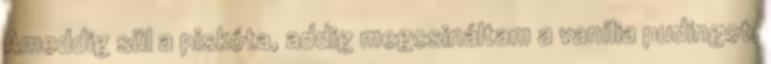
Ameddig sül a piskóta, addig megcsináltam a vanília pudingot,